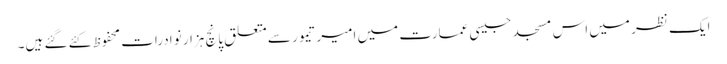
ایک نظر میں اس مسجد جیسی عمارت میں امیر تیمور سے متعلق پانچ ہزار نوادرات محفوظ کئے گئے ہیں۔